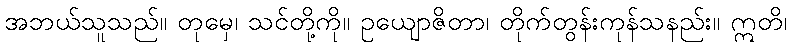
အဘယ်သူသည်။ တုမှေ၊ သင်တို့ကို။ ဥယျောဇိတာ၊ တိုက်တွန်းကုန်သနည်း။ ဣတိ၊